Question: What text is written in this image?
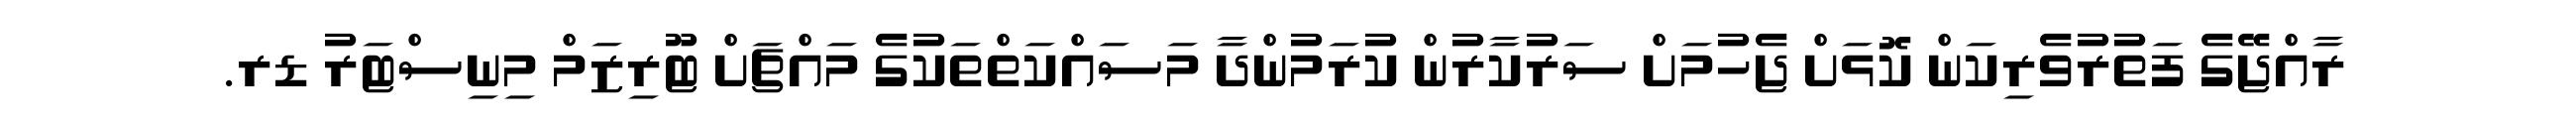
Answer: ރާއްޖޭގެ ފަތުރުވެރިކަން ކޮޅަށް ޖެހުމަށް ސަރުކާރުން ކުރަމުންދާ މަސައްކަތްތަކުގެ މައްޗަށް ޓޫރިޒަމް މިނިސްޓަރު ޑރ.